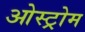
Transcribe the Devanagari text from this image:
ओस्ट्रोम